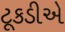
ટૂકડીએ